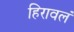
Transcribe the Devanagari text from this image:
हिरावलं